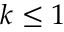
k \leq 1